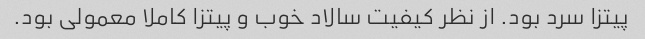
پیتزا سرد بود. از نظر کیفیت سالاد خوب و پیتزا کاملا معمولی بود.